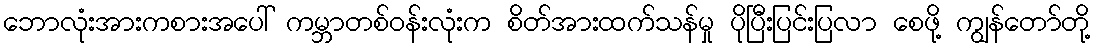
ဘောလုံးအားကစားအပေါ် ကမ္ဘာတစ်ဝန်းလုံးက စိတ်အားထက်သန်မှု ပိုပြီးပြင်းပြလာ စေဖို့ ကျွန်တော်တို့